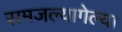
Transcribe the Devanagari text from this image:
समजल्यागेल्या